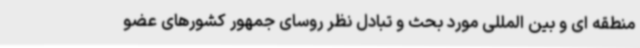
منطقه ای و بین المللی مورد بحث و تبادل نظر روسای جمهور کشورهای عضو